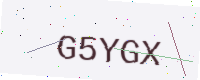
Text: G5YGX